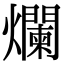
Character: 爛